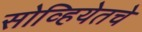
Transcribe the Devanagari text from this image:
सोव्हियेतचे